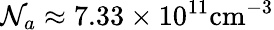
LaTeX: {\cal N}_{a}\approx 7.33\times 10^{11}\mathrm{cm}^{-3}